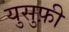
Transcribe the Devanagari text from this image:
युसुफ़ी